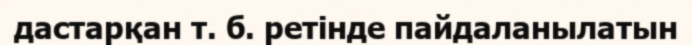
дастарқан т. б. ретінде пайдаланылатын